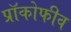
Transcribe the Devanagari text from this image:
प्रॉकोफीव